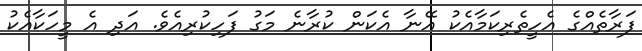
ފަރާތެއްގެ އެހީތެރިކަމާއެކު އޭނާ އެކަން ކުރާނެ މަގު ފަހިކުރިއެވެ. އަދި އެ މީހަކާއެކު